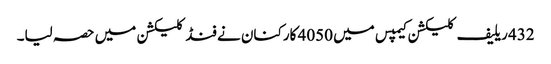
432 ریلیف کلیکشن کیمپس میں 4050 کارکنان نے فنڈ کلیکشن میں حصہ لیا۔